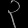
Digit: ၃